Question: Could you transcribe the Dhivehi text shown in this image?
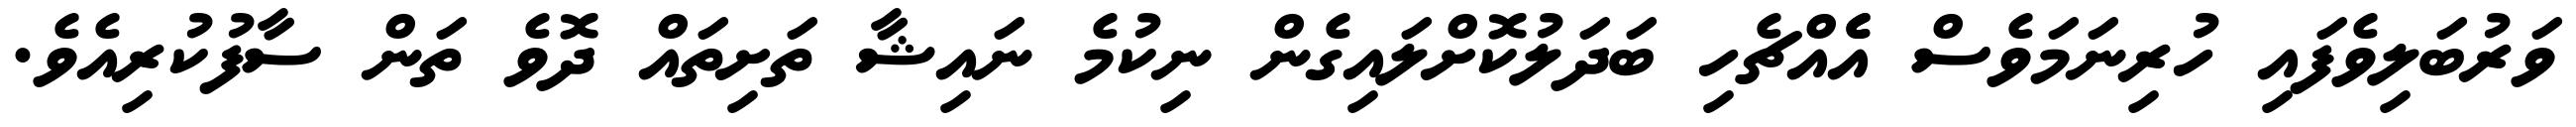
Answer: ވަރުބަލިވެފައި ހުރިނަމަވެސް އެެއްޗެހި ބަދަލުކޮށްލައިގެން ނިކުމެ ނައިޝާ ތަށިތައް ދޮވެ ތަން ސާފުކުރިއެވެ.